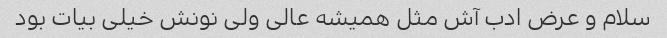
سلام و عرض ادب آش مثل همیشه عالی ولی نونش خیلی بیات بود